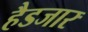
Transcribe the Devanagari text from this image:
हैडजार